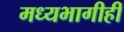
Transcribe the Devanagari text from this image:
मध्यभागीही